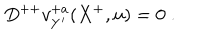
D ^ { + + } v _ { Y ^ { \prime } } ^ { + a } ( X ^ { + } , u ) = 0 \; .